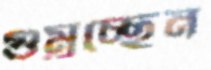
গুম্‌রচ্ছেন